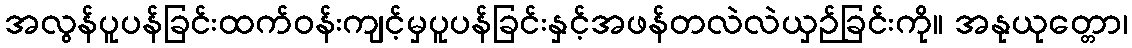
အလွန်ပူပန်ခြင်းထက်ဝန်းကျင့်မှပူပန်ခြင်းနှင့်အဖန်တလဲလဲယှဉ်ခြင်းကို။ အနုယုတ္တော၊